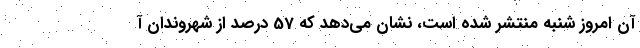
آن امروز شنبه منتشر شده است، نشان می‌دهد که 57 درصد از شهروندان آ